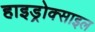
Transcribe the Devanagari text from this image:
हाइड्रोक्साइल